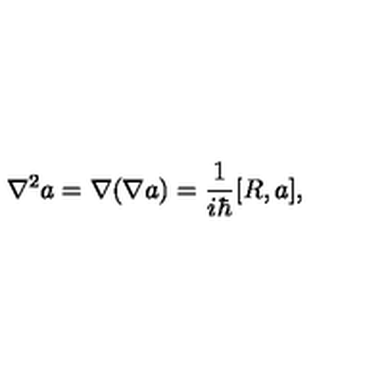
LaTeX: \nabla ^ { 2 } a = \nabla ( \nabla a ) = \frac 1 { i \hbar } [ R , a ] ,